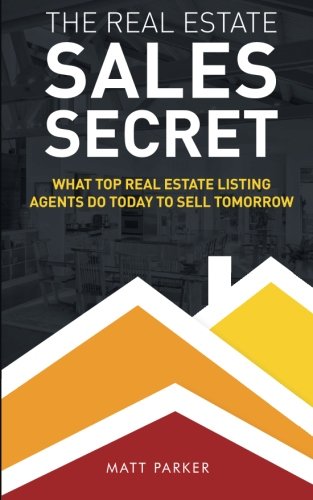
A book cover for The Real Estate Sales Secret: What Top Real Estate Listing Agents Do Today To Sell Tomorrow (Enhanced - Full Color); Matt Parker; Business & Money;